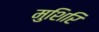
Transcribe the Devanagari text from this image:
मुशिरि